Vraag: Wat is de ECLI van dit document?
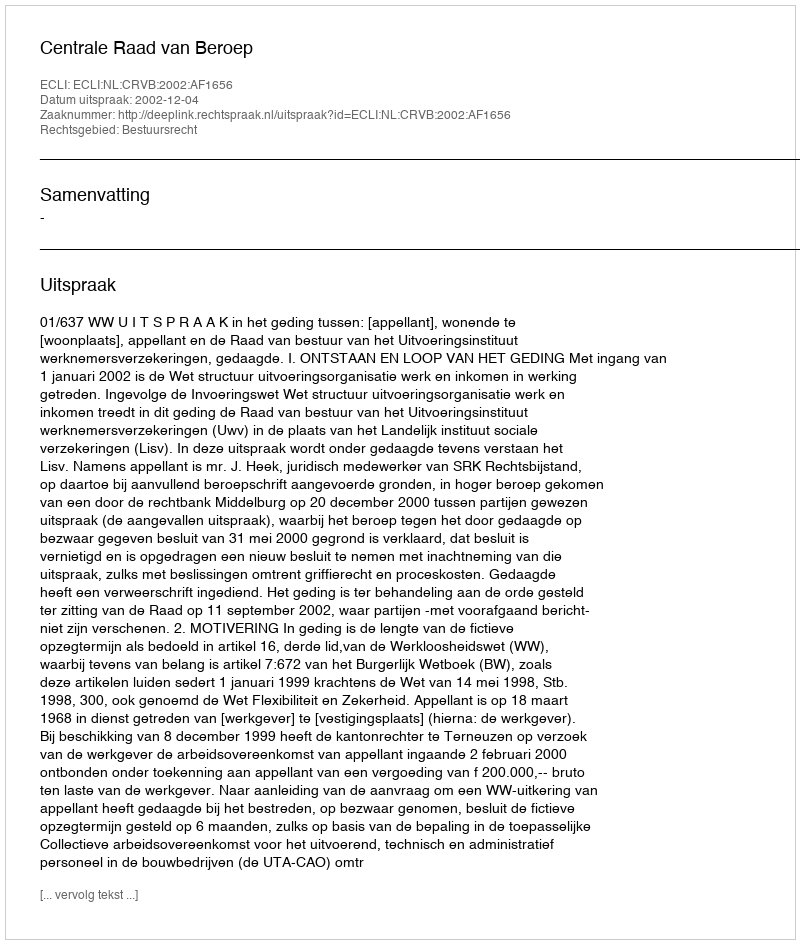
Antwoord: ECLI:NL:CRVB:2002:AF1656